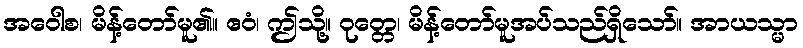
အဝေါစ၊ မိန့်တော်မူ၏။ ဧဝံ၊ ဤသို့။ ဝုတ္တေ၊ မိန့်တော်မူအပ်သည်ရှိသော်။ အာယသ္မာ